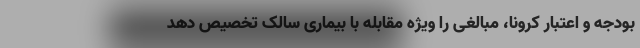
بودجه و اعتبار کرونا، مبالغی را ویژه مقابله با بیماری سالک تخصیص دهد